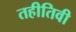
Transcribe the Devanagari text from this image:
तहीतिवी